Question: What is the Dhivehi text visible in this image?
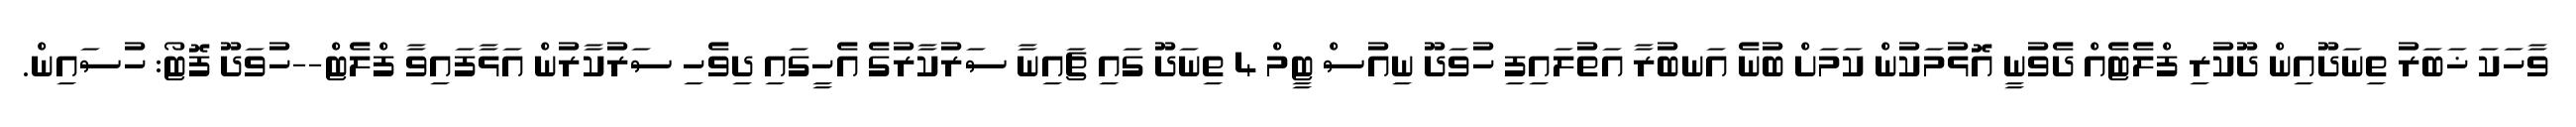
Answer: ވާހަކަ ޚަބަރު ތިނަދޫއިން ދޫކުރި ފްލެޓެއް ދެވުނީ އޮޅުމަކުން ކަމަށް ބުނެ އަނބުރާ އަތުލައިފި ހުވަދޫ ނިއުސް ޓީމް 4 ތިނަދޫ ގައި ޗައިނާ ސަރުކާރުގެ އެހީގައި ދިވެހި ސަރުކާރުން އަޅާފައިވާ ފްލެޓް--ހުވަދޫ ފޮޓޯ: ހުސައިން.